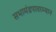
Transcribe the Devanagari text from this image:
सभामंडपादरम्यान